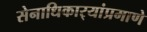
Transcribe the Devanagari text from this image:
सेनाधिकार्‍यांप्रमाणे